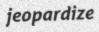
jeopardize